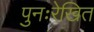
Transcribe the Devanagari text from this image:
पुनःरेखित